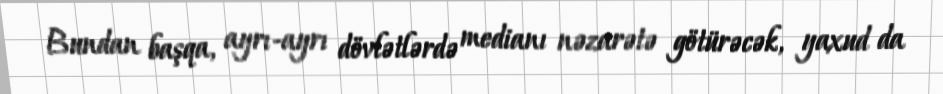
Bundan başqa, ayrı-ayrı dövlətlərdə medianı nəzarətə götürəcək, yaxud da